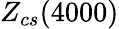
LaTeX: Z_{cs}(4000)